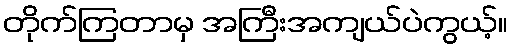
တိုက်ကြတာမှ အကြီးအကျယ်ပဲကွယ့်။